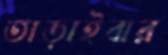
তাড়াইবার